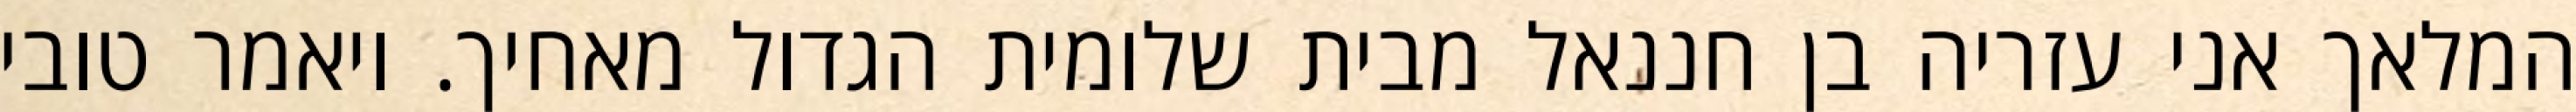
המלאך אני עזריה בן חננאל מבית שלומית הגדול מאחיך. ויאמר טובי